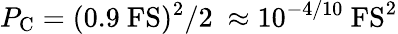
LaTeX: P_{\mathrm{C}}=(0.9~\mathrm{FS})^{2}/2~\approx 10^{-4/10}~\mathrm{FS^{2}}